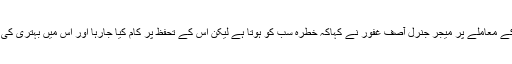
سائبر حملوں کے معاملے پر میجر جنرل آصف غفور نے کہاکہ خطرہ سب کو ہوتا ہے لیکن اس کے تحفظ پر کام کیا جارہا اور اس میں بہتری کی ضرورت ہے۔